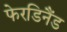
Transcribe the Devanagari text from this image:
फेरडिनैंड